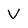
Character: V